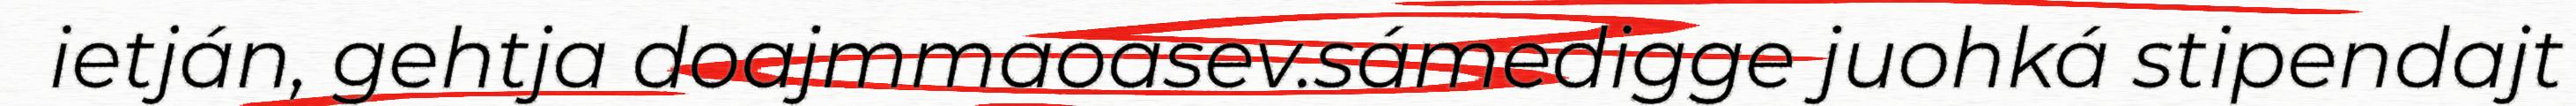
ietján, gehtja doajmmaoasev.sámedigge juohká stipendajt